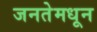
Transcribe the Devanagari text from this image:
जनतेमधून